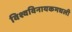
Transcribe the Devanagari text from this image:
विश्वविनायकमधली